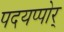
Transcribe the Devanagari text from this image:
पदयप्पोर्